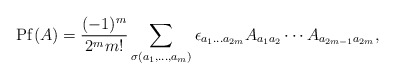
\begin{align*}{\rm Pf}(A) = \frac{(-1)^{m}}{2^{m}m!}\sum_{\sigma(a_{1},\dots,a_{m})} \epsilon_{a_{1}\dots a_{2m}}A_{a_{1}a_{2}}\cdots A_{a_{2m-1}a_{2m}},\end{align*}